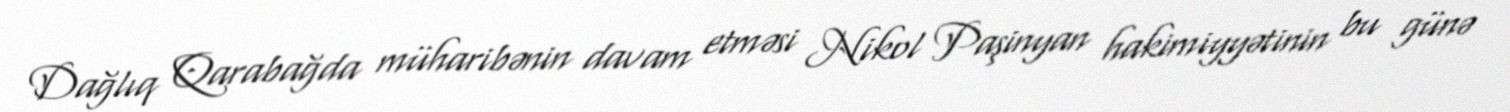
Dağlıq Qarabağda müharibənin davam etməsi Nikol Paşinyan hakimiyyətinin bu günə